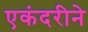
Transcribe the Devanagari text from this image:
एकंदरीने